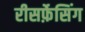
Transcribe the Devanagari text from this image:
रीसर्फ़ेसिंग